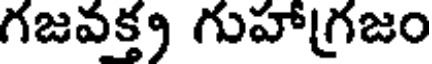
గజవక్త్ర గుహాగ్రజం